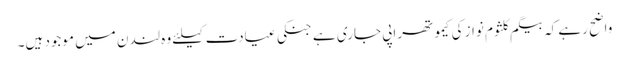
واضح رہے کہ بیگم کلثوم نواز کی کیموتھراپی جاری ہے جنکی عیادت کیلئے وہ لندن میں موجود ہیں۔